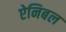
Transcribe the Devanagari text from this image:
ऐनिबल